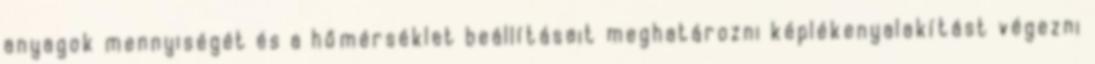
anyagok mennyiségét és a hőmérséklet beállításait meghatározni képlékenyalakítást végezni